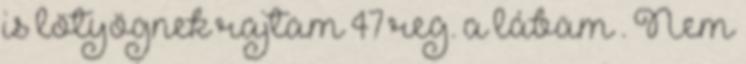
is lötyögnek rajtam 47 reg. a lábam . Nem